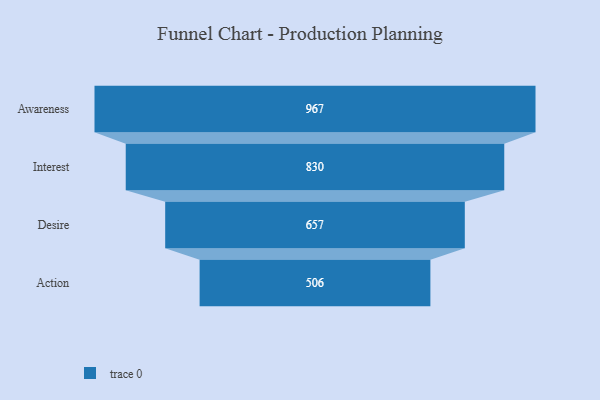
{"axis": {"x": "Stage", "y": "Value"}, "legend": [""], "data": [{"x": "Awareness", "y": 967.0, "type": ""}, {"x": "Interest", "y": 830.0, "type": ""}, {"x": "Desire", "y": 657.0, "type": ""}, {"x": "Action", "y": 506.0, "type": ""}]}